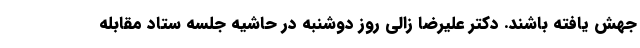
جهش یافته باشند. دکتر علیرضا زالی روز دوشنبه در حاشیه جلسه ستاد مقابله